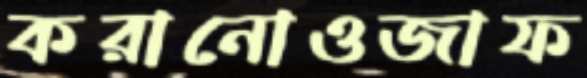
করানোওজাফ